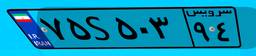
۷۵S۵۰۳۹۴